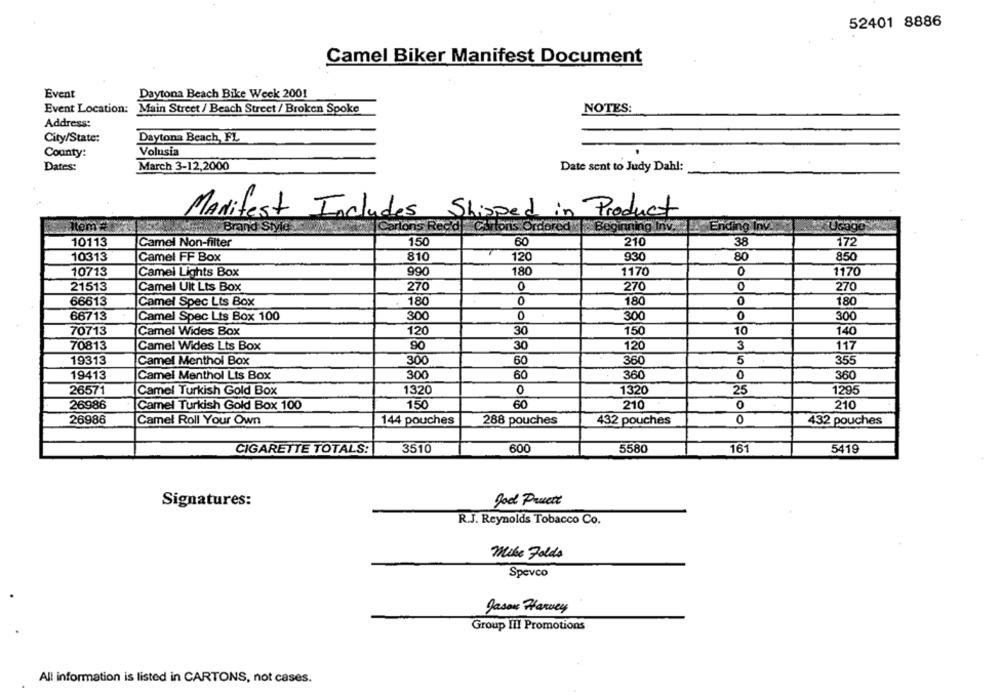
52401 8886
Camel Biker Manifest Document
Event
Daytona Beach Bike Week 2001
Event Location:
Main Street / Beach Street / Broken Spoke
NOTES:
Address:
City/State:
Daytona Beach, FL
Volusia
County:
Dates:
March 3-12,2000
Date sent to Judy Dahl:
Manifest Includes Shipped in Product
Brand Styl
Tons Ordered |Beginning Inv.
Ending Inv.
Usage
10113
Camel Non-filter
150
60
210
38
172
10313
Camel FF Box
810
120
930
80
850
10713
990
180
1170
O
1170
Camel Lights Box
0
270
21513
Camel Uit Lts Box
270
270
66613
Camel Spec Lts Box
180
0
18
0
180
66713
Camel Spec Lts Box 100
300
0
300
0
300
70713
Camel Wides Box
120
30
150
10
140
70813
Camel Wides Lts Box
90
30
120
3
117
19313
Camel Menthol Box
300
60
360
5
355
19413
Camel Menthol Lts Box
300
60
360
0
360
0
1320
25
26571
Camel Turkish Gold Box
1320
1295
60
0
26986
Camel Turkish Gold Box 100
150
210
210
26986
Camel Roll Your Own
144 pouches
288 pouches
432 pouches
0
432 pouches
CIGARETTE TOTALS:
3510
600
5580
16
5419
god Pruett
Signatures:
R.J. Reynolds Tobacco Co.
Mike Folds
Spevco
Jason Harvey
Group III Promotions
All information is listed in CARTONS, not cases.